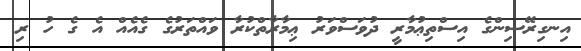
އިނގިރޭސިންގެ އިސްތިޢުމާރީ ދުވަސްވަރު ޢިމާރާތްކުރާ ވައްތަރުގެ ގެއެއް އެ ގެ ހު ރި